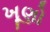
ખૂણો